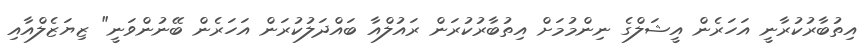
އިތުބާރުކުރާނީ އަހަރެން އީޝަލްގެ ނިންމުމަށް އިތުބާރުކުރަން ރައުލްއާ ބައްދަލުކުރަން އަހަރެން ބޭނުންވަނީ" ޒިޔަޒެލްއާއި